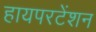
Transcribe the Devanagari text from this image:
हायपरटेंशन